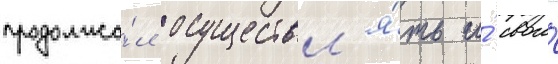
продолжа́л осуществл'я́ть и́ свои́